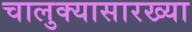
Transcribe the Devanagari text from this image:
चालुक्यासारख्या